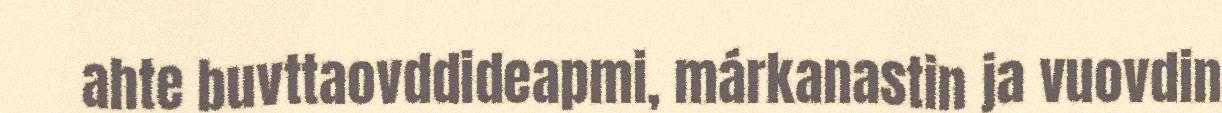
ahte buvttaovddideapmi, márkanastin ja vuovdin